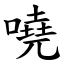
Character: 嘵